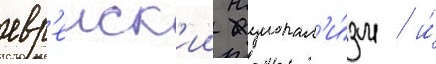
евр'еиск'ии национал'и́зм / и́